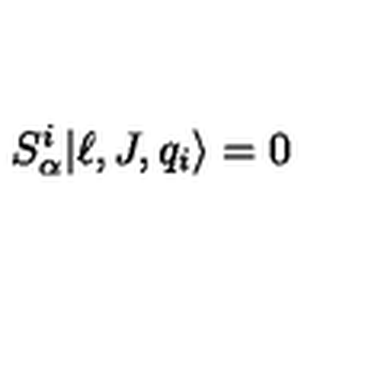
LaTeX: S _ { \alpha } ^ { i } | \ell , J , q _ { i } \rangle = 0